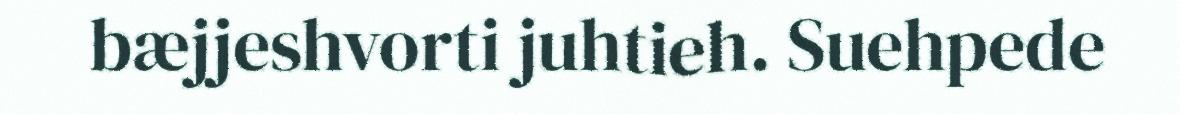
bæjjeshvorti juhtieh. Suehpede